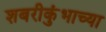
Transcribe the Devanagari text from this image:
शबरीकुंभाच्या